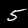
Digit: 5